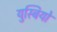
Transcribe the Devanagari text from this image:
युस्बियो